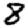
Digit: 8